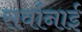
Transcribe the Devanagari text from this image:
सर्वानाई